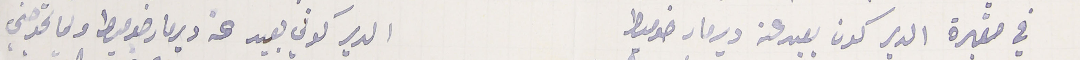
في مقبرة الدير كون بعيد عن دير مار ضومط                 الدير كوني بعيد عن دير مار ضوميط ولما تحوجني